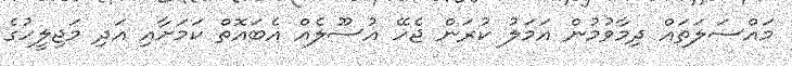
މައްސަލަތައް ދިމާވުމުން އަމަލު ކުރަން ޖެހޭ އުސޫލެއް އެބައޮތް ކަމަށާއި އަދި މަޖިލީހުގެ